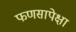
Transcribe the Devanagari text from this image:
फणसापेक्षा